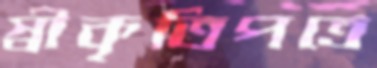
স্বীকৃতিপত্রে